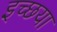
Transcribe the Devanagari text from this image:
इच्छया